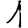
Digit: 1